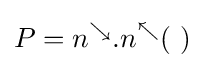
P=n^{\searrow }.n^{\nwarrow }(~)